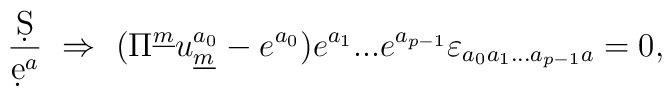
{\d S\over{\d e^a}}~\Rightarrow~(\Pi^{\underline{m}}u_{\underline{m}}^{a_0}-e^{a_0})e^{a_1}...e^{a_{p-1}}\varepsilon_{a_0a_1...a_{p-1}a}=0,